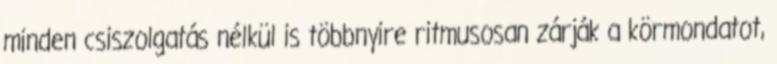
minden csiszolgatás nélkül is többnyire ritmusosan zárják a körmondatot,